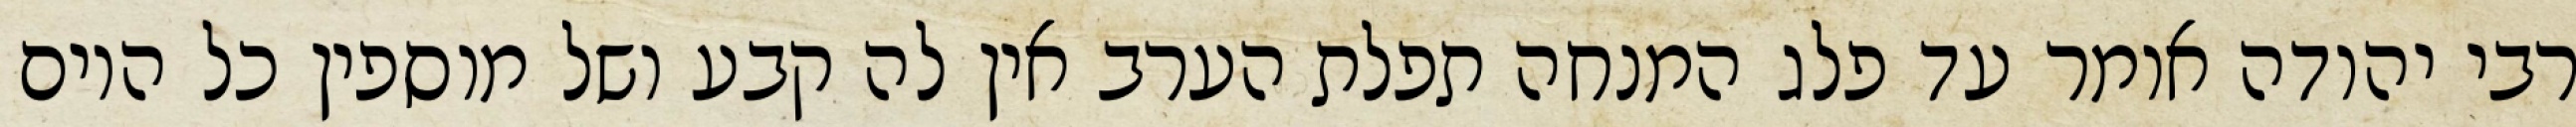
רבי יהודה אומר עד פלג המנחה תפלת הערב אין לה קבע ושל מוספין כל היום